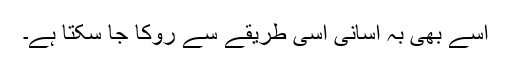
اسے بھی بہ آسانی اسی طریقے سے روکا جا سکتا ہے۔